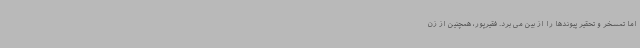
اما تمسخر و تحقیر پیوندها را از بین می برد. فقیرپور، همچنین از زن